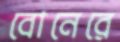
বোনেরে